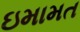
ઇમામત